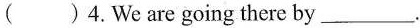
()4.We are going there by___.